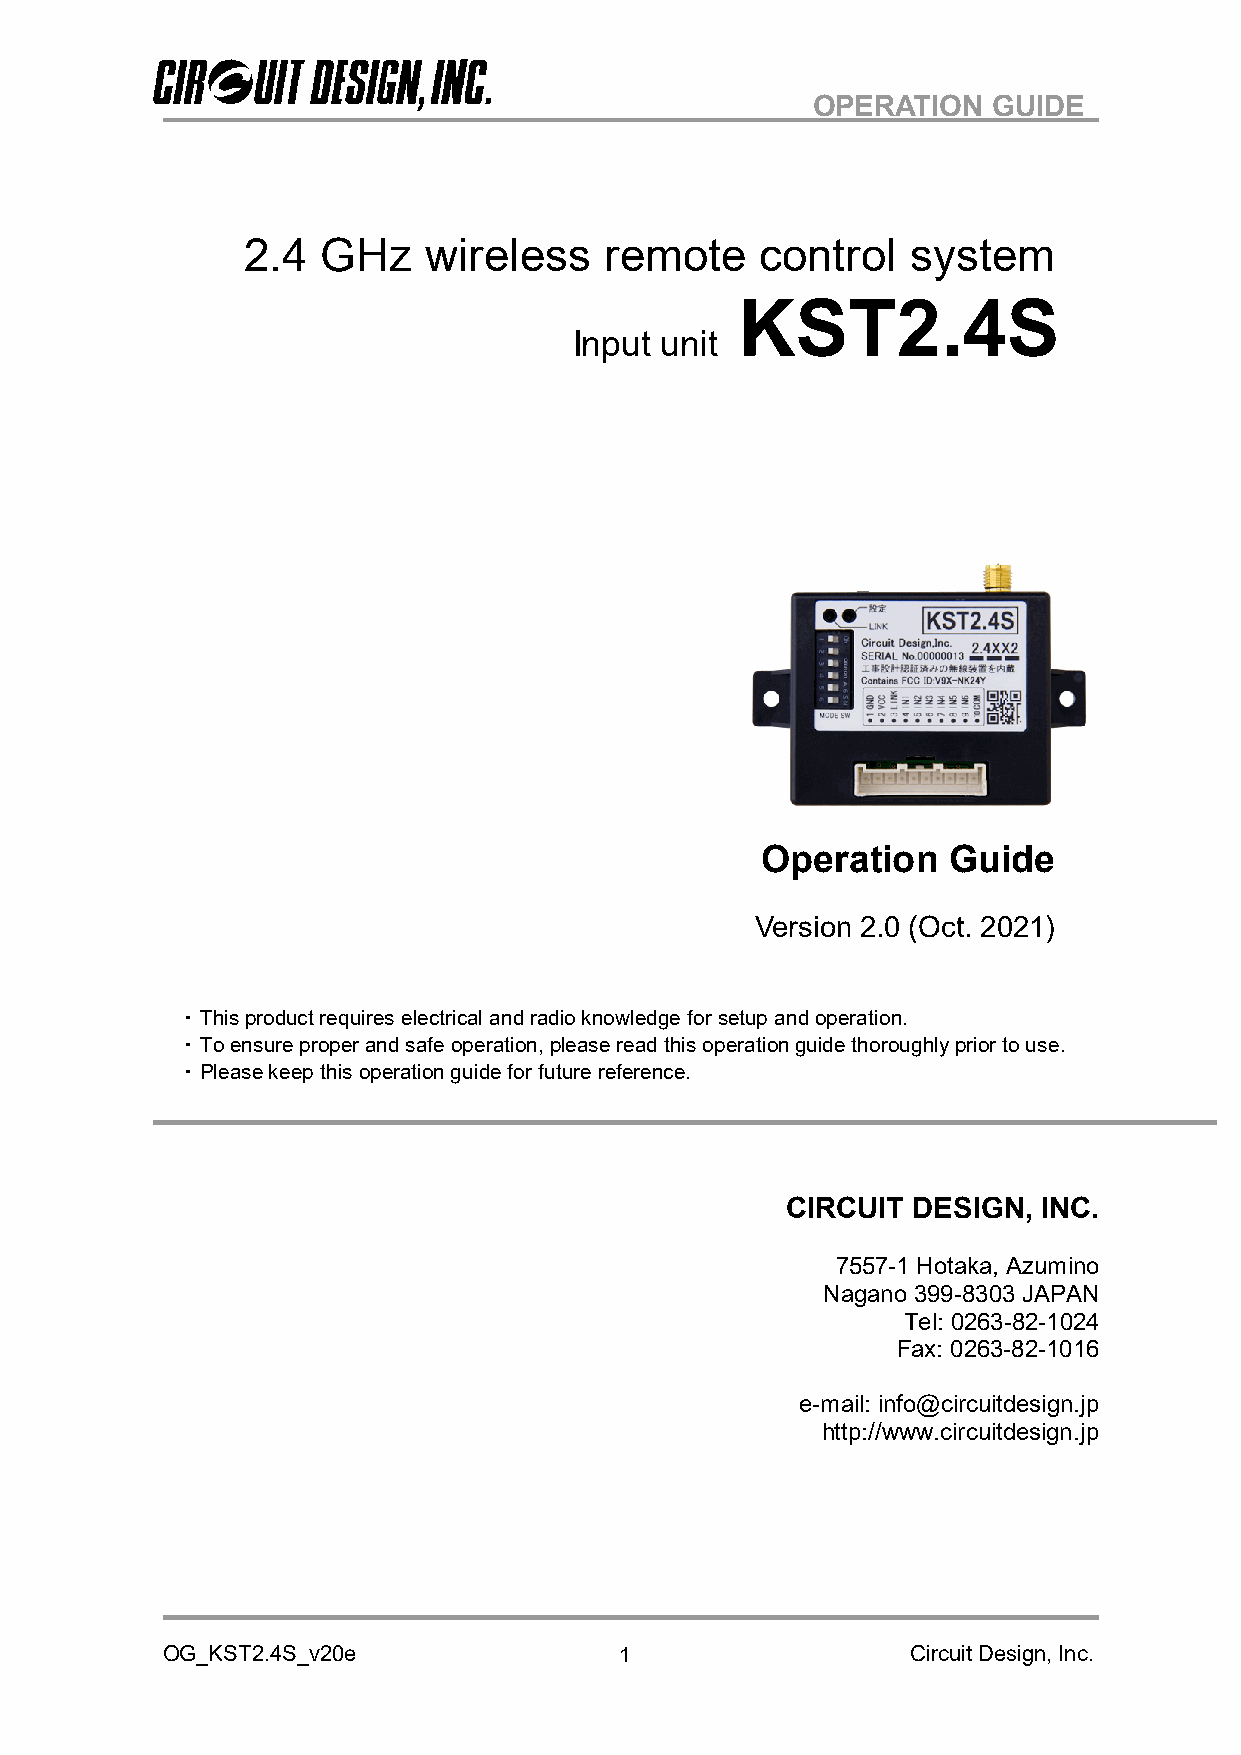
OPERATION   GUIDE
 2.4  GHz    wireless    remote    control   system
 KST2.4S
 Input unit
 Operation    Guide
 Version 2.0 (Oct. 2021)
 ・ This product requires electrical and radio knowledge for setup and operation.
 ・ To ensure proper and safe operation, please read this operation guide thoroughly prior to use.
 ・ Please keep this operation guide for future reference.
 CIRCUIT DESIGN,  INC.
 7557-1 Hotaka, Azumino
 Nagano 399-8303 JAPAN
 Tel: 0263-82-1024
 Fax: 0263-82-1016
 e-mail: info@circuitdesign.jp
 http://www.circuitdesign.jp
 OG_KST2.4S_v20e               1                  Circuit Design, Inc.